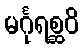
မင်္ဂုရစ္ဆဝိ